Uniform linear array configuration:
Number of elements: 64
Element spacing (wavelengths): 1
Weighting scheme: kaiser
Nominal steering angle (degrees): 0
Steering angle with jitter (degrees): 1.811
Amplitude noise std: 0.05
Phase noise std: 0.05

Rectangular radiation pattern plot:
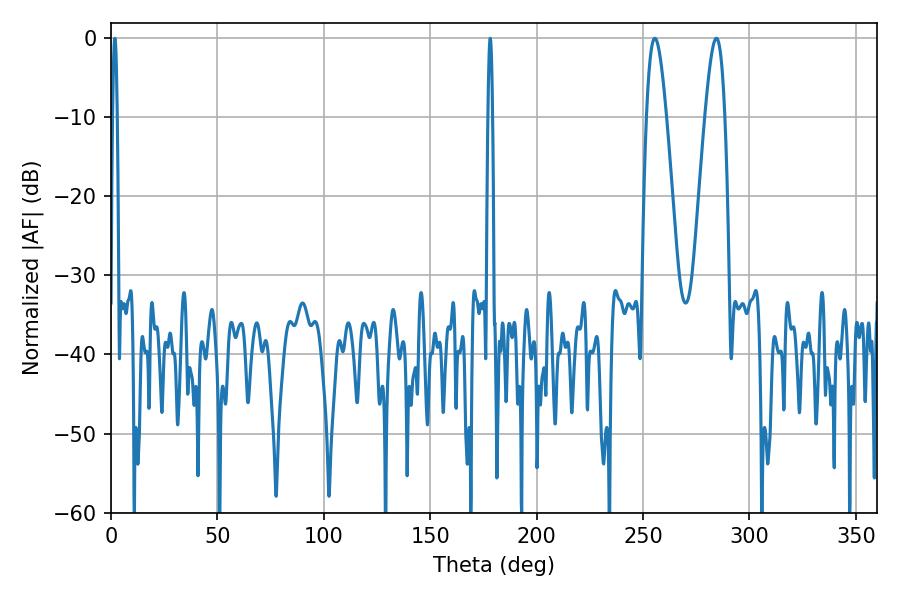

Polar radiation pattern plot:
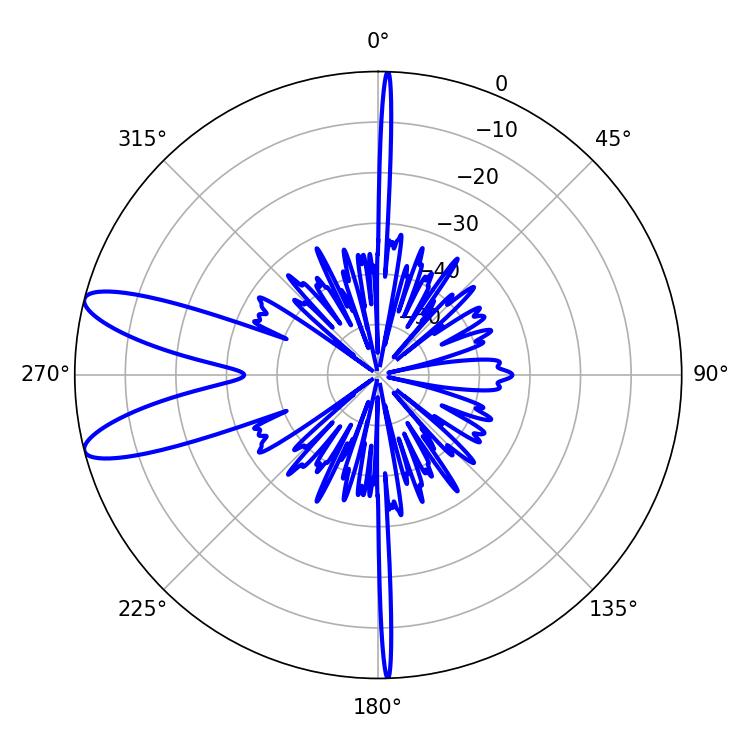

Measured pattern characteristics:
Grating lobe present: TRUE
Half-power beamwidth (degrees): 5.04
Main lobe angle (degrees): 284.4